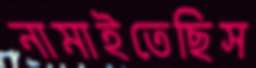
নামাইতেছিস